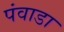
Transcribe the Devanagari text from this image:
पंवाडा